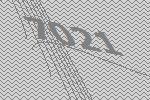
7021